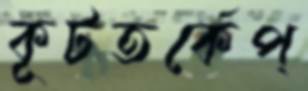
কূটতর্কেপ্